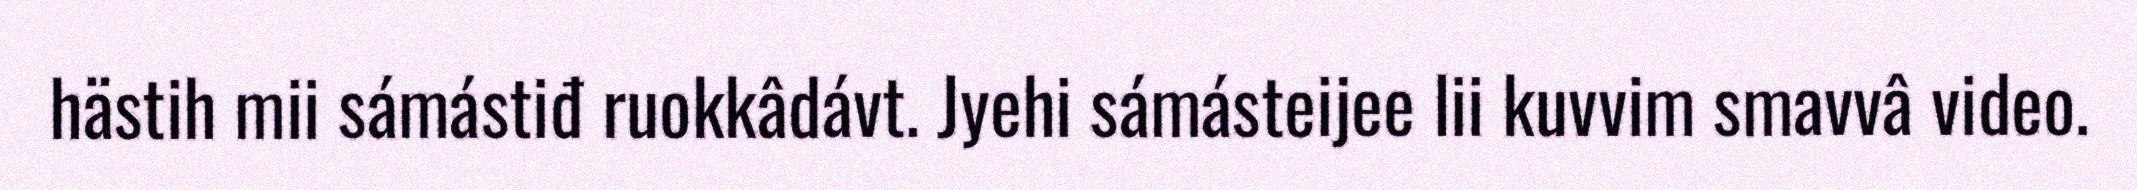
hästih mii sámástiđ ruokkâdávt. Jyehi sámásteijee lii kuvvim smavvâ video.